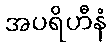
အပရိဟီနံ